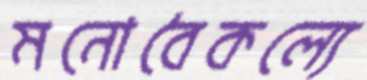
মনোবৈকল্যে